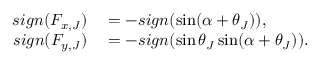
\begin{array} { r l } { s i g n ( F _ { x , J } ) } & { { } = - s i g n ( \sin ( \alpha + \theta _ { J } ) ) , } \\ { s i g n ( F _ { y , J } ) } & { { } = - s i g n ( \sin \theta _ { J } \sin ( \alpha + \theta _ { J } ) ) . } \end{array}